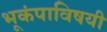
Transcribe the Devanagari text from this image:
भूकंपाविषयी